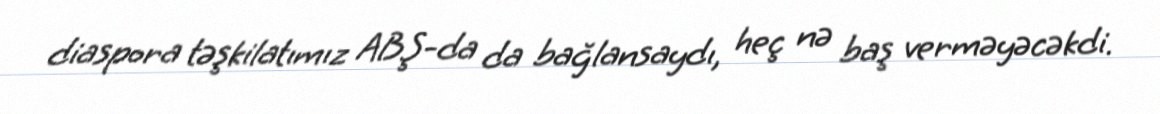
diaspora təşkilatımız ABŞ-da da bağlansaydı, heç nə baş verməyəcəkdi.